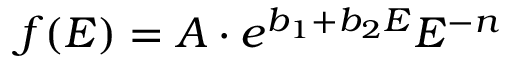
f ( E ) = A \cdot e ^ { b _ { 1 } + b _ { 2 } E } E ^ { - n }